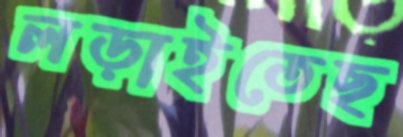
লড়াইতেছ